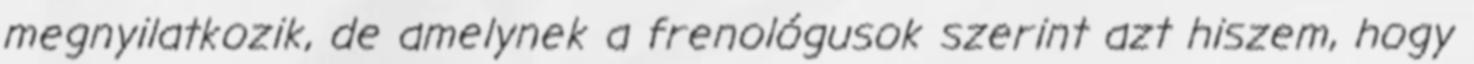
megnyilatkozik, de amelynek a frenológusok szerint azt hiszem, hogy